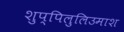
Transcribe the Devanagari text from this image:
शुप्पिलुलिउमाश